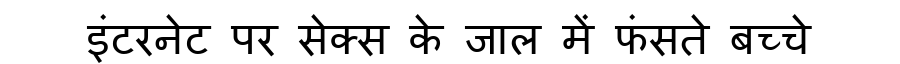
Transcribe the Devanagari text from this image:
इंटरनेट पर सेक्स के जाल में फंसते बच्चे